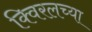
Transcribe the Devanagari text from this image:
क्विरलच्या